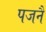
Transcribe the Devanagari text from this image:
पजनै